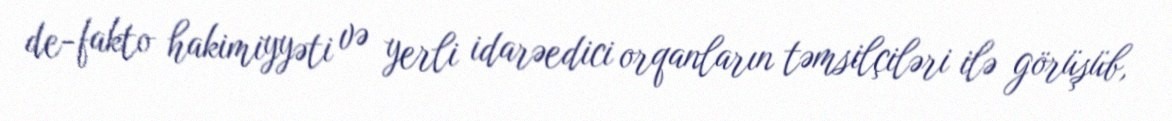
de-fakto hakimiyyəti və yerli idarəedici orqanların təmsilçiləri ilə görüşüb,